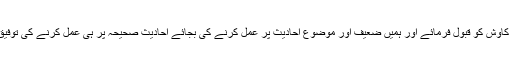
اللہ تعالیٰ مصنف کی اس کاوش کو قبول فرمائے اور ہمیں ضعیف اور موضوع احادیث پر عمل کرنے کی بجائے احادیث ِصحیحہ پر ہی عمل کرنے کی توفیق عطا فرمائے (آمین) (م۔